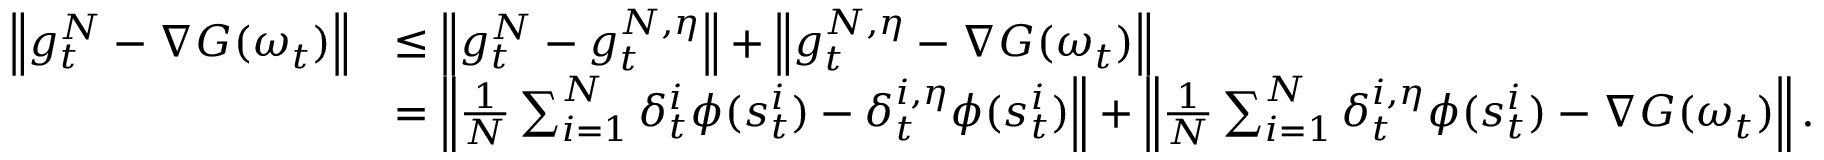
\begin{array} { r l } { \left\lVert g _ { t } ^ { N } - \nabla G ( \omega _ { t } ) \right\rVert } & { \leq \left\lVert g _ { t } ^ { N } - g _ { t } ^ { N , \eta } \right\rVert + \left\lVert g _ { t } ^ { N , \eta } - \nabla G ( \omega _ { t } ) \right\rVert } \\ & { = \left\lVert \frac { 1 } { N } \sum _ { i = 1 } ^ { N } \delta _ { t } ^ { i } \phi ( s _ { t } ^ { i } ) - \delta _ { t } ^ { i , \eta } \phi ( s _ { t } ^ { i } ) \right\rVert + \left\lVert \frac { 1 } { N } \sum _ { i = 1 } ^ { N } \delta _ { t } ^ { i , \eta } \phi ( s _ { t } ^ { i } ) - \nabla G ( \omega _ { t } ) \right\rVert . } \end{array}